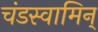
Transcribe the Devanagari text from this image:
चंडस्वामिन्